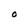
Character: O